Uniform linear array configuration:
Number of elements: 16
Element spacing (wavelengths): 0.25
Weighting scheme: hamming
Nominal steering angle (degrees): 30
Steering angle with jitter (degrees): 28.98
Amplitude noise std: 0.05
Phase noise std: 0.05

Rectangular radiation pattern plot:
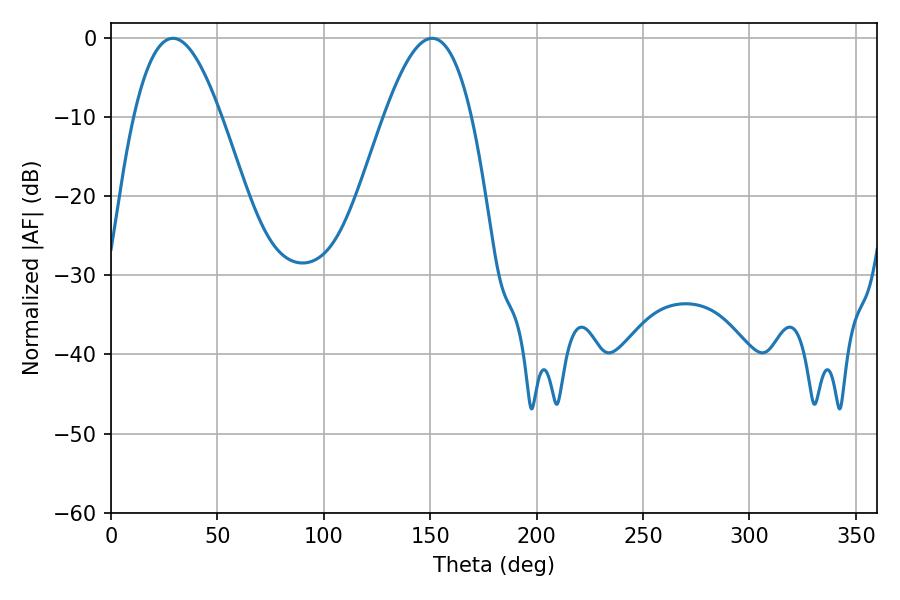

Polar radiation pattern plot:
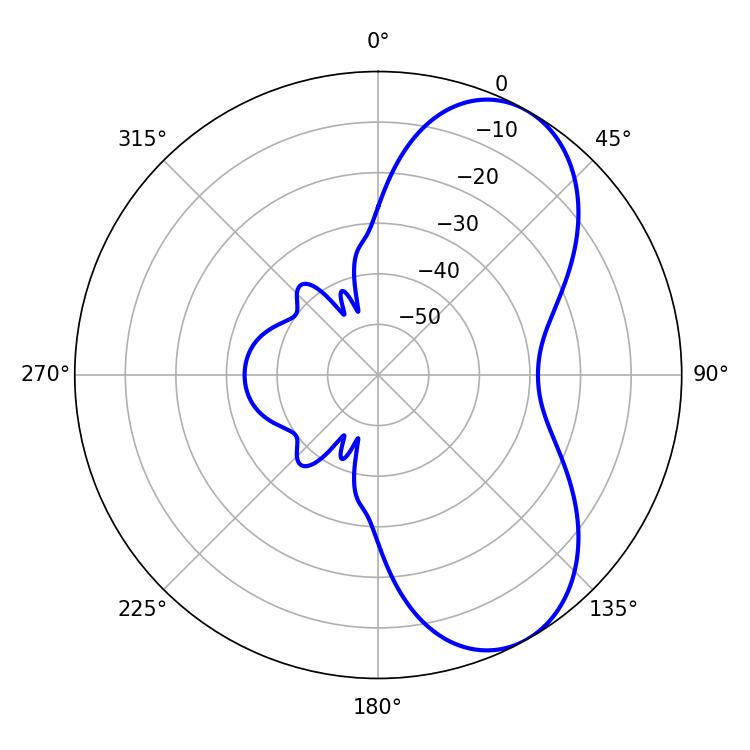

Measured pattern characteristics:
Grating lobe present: FALSE
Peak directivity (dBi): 6.72
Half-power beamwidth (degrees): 22.5
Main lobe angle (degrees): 29.16